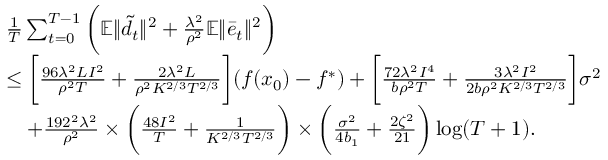
\begin{array} { r l } & { \frac { 1 } { T } \sum _ { t = 0 } ^ { T - 1 } \bigg ( \mathbb { E } \| \tilde { d _ { t } } \| ^ { 2 } + \frac { \lambda ^ { 2 } } { \rho ^ { 2 } } \mathbb { E } \| \bar { e } _ { t } \| ^ { 2 } \bigg ) } \\ & { \leq \bigg [ \frac { 9 6 \lambda ^ { 2 } L I ^ { 2 } } { \rho ^ { 2 } T } + \frac { 2 \lambda ^ { 2 } L } { \rho ^ { 2 } K ^ { 2 / 3 } T ^ { 2 / 3 } } \bigg ] ( f ( x _ { 0 } ) - f ^ { \ast } ) + \bigg [ \frac { 7 2 \lambda ^ { 2 } I ^ { 4 } } { b \rho ^ { 2 } T } + \frac { 3 \lambda ^ { 2 } I ^ { 2 } } { 2 b \rho ^ { 2 } K ^ { 2 / 3 } T ^ { 2 / 3 } } \bigg ] \sigma ^ { 2 } } \\ & { \quad + \frac { 1 9 2 ^ { 2 } \lambda ^ { 2 } } { \rho ^ { 2 } } \times \bigg ( \frac { 4 8 I ^ { 2 } } { T } + \frac { 1 } { K ^ { 2 / 3 } T ^ { 2 / 3 } } \bigg ) \times \bigg ( \frac { \sigma ^ { 2 } } { 4 b _ { 1 } } + \frac { 2 \zeta ^ { 2 } } { 2 1 } \bigg ) \log ( T + 1 ) . } \end{array}